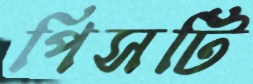
পিসটি